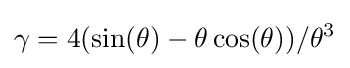
\gamma =4(\sin(\theta )-\theta \cos(\theta ))/\theta ^{3}